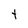
Character: t